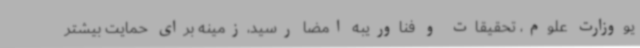
یووزارت علوم، تحقیقات و فناوریبه امضا رسید،زمینه برای حمایت بیشتر